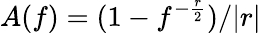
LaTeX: A(f)=(1-f^{-\frac{r}{2}})/|r|